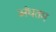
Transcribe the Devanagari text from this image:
अंधतम